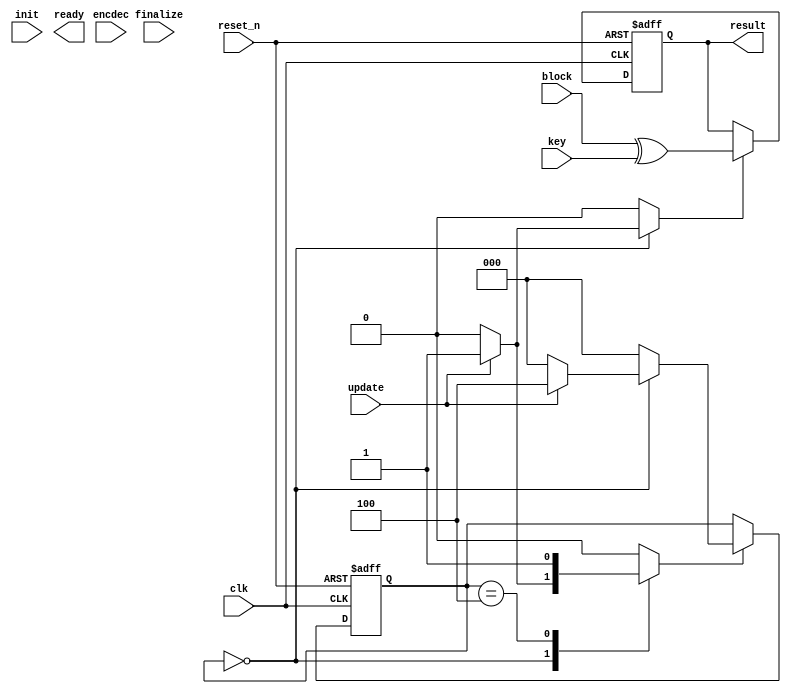
module ascon_core(
                  input wire            clk,
                  input wire            reset_n,

                  input wire            encdec,
                  input wire            init,
                  input wire            update,
                  input wire            finalize,

                  output wire           ready,

                  input wire [127 : 0]  key,

                  input wire [127 : 0]  block,
                  output wire [127 : 0] result
                 );


  //----------------------------------------------------------------
  // Internal constant and parameter definitions.
  //----------------------------------------------------------------
  localparam CTRL_IDLE = 3'h0;
  localparam CTRL_DONE = 3'h4;


  //----------------------------------------------------------------
  // functions.
  //----------------------------------------------------------------
  // add round constants - pc
  function [63 : 0] pc(input [63 : 0] x, input [3 : 0] r);
    begin
      reg [7 : 0] xor_val;
      case (r)
	0:  xor_val = x[7 : 0] ^ 8'hf0;
	1:  xor_val = x[7 : 0] ^ 8'he1;
	2:  xor_val = x[7 : 0] ^ 8'hd2;
	3:  xor_val = x[7 : 0] ^ 8'hc3;
	4:  xor_val = x[7 : 0] ^ 8'hb4;
	5:  xor_val = x[7 : 0] ^ 8'ha5;
	6:  xor_val = x[7 : 0] ^ 8'h96;
	7:  xor_val = x[7 : 0] ^ 8'h87;
	8:  xor_val = x[7 : 0] ^ 8'h78;
	9:  xor_val = x[7 : 0] ^ 8'h69;
	10: xor_val = x[7 : 0] ^ 8'h5a;
	11: xor_val = x[7 : 0] ^ 8'h4b;
	default begin
	  xor_val = x[7 : 0];
	end
      endcase
      pc = {x[63 : 8], xor_val};
    end
  endfunction // pc

  // apply substitution - ps
  function [4 : 0] ps(input [4 : 0] x);
    begin
      ps = x;
    end
  endfunction // ps

  // linear layer - pl
  function [63 : 0] pl(input [63 : 0] x);
    begin
      pl = x;
    end
  endfunction // pl


  //----------------------------------------------------------------
  // Registers including update variables and write enable.
  //----------------------------------------------------------------
  reg [63 : 0]  x0_reg;
  reg [63 : 0]  x0_new;
  reg           x0_we;

  reg [63 : 0]  x1_reg;
  reg [63 : 0]  x1_new;
  reg           x1_we;

  reg [63 : 0]  x2_reg;
  reg [63 : 0]  x2_new;
  reg           x2_we;

  reg [63 : 0]  x3_reg;
  reg [63 : 0]  x3_new;
  reg           x3_we;

  reg [63 : 0]  x4_reg;
  reg [63 : 0]  x4_new;
  reg           x4_we;

  reg           ready_reg;
  reg           ready_new;
  reg           ready_we;

  reg [3 : 0]   round_ctr_reg;
  reg [3 : 0]   round_ctr_new;
  reg           round_ctr_rst;
  reg           round_ctr_inc;
  reg           round_ctr_we;

  reg [2 : 0]   ascon_ctrl_reg;
  reg [2 : 0]   ascon_ctrl_new;
  reg           ascon_ctrl_we;

  reg [127 : 0] result_reg;
  reg [127 : 0] result_new;
  reg           result_we;


  //----------------------------------------------------------------
  // Wires.
  //----------------------------------------------------------------
  reg state_init;
  reg state_update;


  //----------------------------------------------------------------
  // Concurrent connectivity for ports etc.
  //----------------------------------------------------------------
  assign ready  = ready_reg;
  assign result = result_reg;


  //----------------------------------------------------------------
  // reg_update
  //
  // Update functionality for all registers in the core.
  // All registers are positive edge triggered with asynchronous
  // active low reset.
  //----------------------------------------------------------------
  always @ (posedge clk or negedge reset_n)begin: reg_update
    if (!reset_n) begin
      x0_reg         <= 64'h0;
      x1_reg         <= 64'h0;
      x2_reg         <= 64'h0;
      x3_reg         <= 64'h0;
      x4_reg         <= 64'h0;
      round_ctr_reg  <= 4'h0;
      result_reg     <= 128'h0;
      ascon_ctrl_reg <= CTRL_IDLE;
    end

    else begin
      if (x0_we) begin
	x0_reg <= x0_new;
      end

      if (x1_we) begin
	x1_reg <= x1_new;
      end

      if (x2_we) begin
	x2_reg <= x2_new;
      end

      if (x3_we) begin
	x3_reg <= x3_new;
      end

      if (x4_we) begin
	x4_reg <= x4_new;
      end

      if (round_ctr_we) begin
	round_ctr_reg <= round_ctr_new;
      end

      if (result_we) begin
	result_reg <= result_new;
      end

      if (ascon_ctrl_we) begin
        ascon_ctrl_reg <= ascon_ctrl_new;
      end
    end
  end // reg_update


  //----------------------------------------------------------------
  // state_logic
  // The actual logic to initialize and update the state.
  //----------------------------------------------------------------
  always @*
    begin : state_logic
      x0_we = 1'h0;
      x1_we = 1'h0;
      x2_we = 1'h0;
      x3_we = 1'h0;
      x4_we = 1'h0;

      x0_new = 64'h0;
      x1_new = 64'h0;
      x2_new = 64'h0;
      x3_new = 64'h0;
      x4_new = 64'h0;
    end


  //----------------------------------------------------------------
  // round_ctr_logic
  //----------------------------------------------------------------
  always @*
    begin : round_ctr
      round_ctr_new = 4'h0;
      round_ctr_we  = 1'h0;

      if (round_ctr_rst) begin
	round_ctr_we = 1'h1;
      end

      if (round_ctr_inc) begin
	round_ctr_new = round_ctr_reg + 1'h1;
	round_ctr_we  = 1'h1;
      end
    end


  //----------------------------------------------------------------
  // ascon_ctrl
  //
  // Control FSM for aes core.
  //----------------------------------------------------------------
  always @*
    begin : ascon_ctrl
      result_we      = 1'h0;
      ready_new      = 1'h0;
      ready_we       = 1'h0;
      state_init     = 1'h0;
      state_update   = 1'h0;
      round_ctr_rst  = 1'h0;
      round_ctr_inc  = 1'h0;
      ascon_ctrl_new = CTRL_IDLE;
      ascon_ctrl_we  = 1'h0;

      result_new = block ^ key;

      case (ascon_ctrl_reg)
        CTRL_IDLE: begin
          if (update) begin
	    result_we     = 1'h1;
	    ready_new     = 1'h0;
	    ready_we      = 1'h1;
            ascon_ctrl_new = CTRL_DONE;
            ascon_ctrl_we  = 1'h1;
          end
        end

        CTRL_DONE: begin
          ready_new     = 1'h1;
          ready_we      = 1'h1;
          ascon_ctrl_new = CTRL_IDLE;
          ascon_ctrl_we  = 1'h1;
        end

        default: begin end
      endcase // case (ascon_ctrl_reg)
    end // ascon_ctrl

endmodule